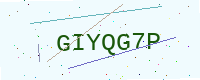
Text: GIYQG7P